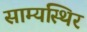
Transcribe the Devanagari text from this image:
साम्यस्थिर